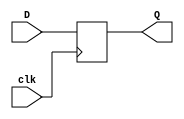
module dff_32(D,clk,Q);
input [31:0] D; 
input clk; 
output reg [31:0] Q;
always @(posedge clk) 
begin
 Q <= D; 
end 
endmodule